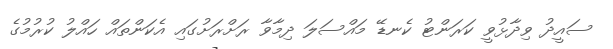
ސައީދު ވިދާޅުވީ ކަރަންޓު ކެނޑޭ މައްސަލަ ދިމާވާ ރަށްރަށުގައި އެކަންތައް ހައްލު ކުރުމުގެ